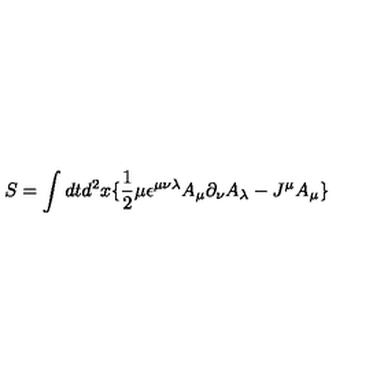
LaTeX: S = \int d t d ^ { 2 } x \lbrace \frac { 1 } { 2 } \mu \epsilon ^ { \mu \nu \lambda } A _ { \mu } \partial _ { \nu } A _ { \lambda } - J ^ { \mu } A _ { \mu } \rbrace